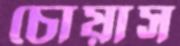
চোয়াস